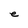
Character: e